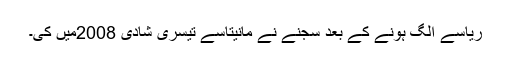
ریاسے الگ ہونے کے بعد سجنے نے مانیتاسے تیسری شادی 2008میں کی۔